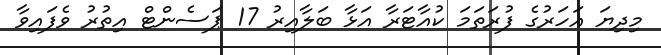
މިދިޔަ އަހަރުގެ ފުރަތަމަ ކުއާޓަރާ އަޅާ ބަލާއިރު 17 ޕަސެންޓް އިތުރު ވެފައިވާ